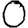
Digit: 0